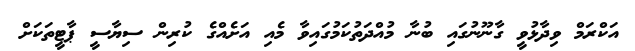
އަކްރަމް ވިދާޅުވީ ގާނޫނުގައި ބުނާ މުއްދަތުކަމުގައިވާ މެއި އަށެއްގެ ކުރިން ސިޔާސީ ޕާޓީތަކަށް